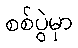
စစ်ပွဲမှာ